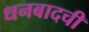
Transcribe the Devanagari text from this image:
धनबादची